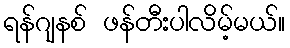
ရန်ဂျနစ် ဖန်တီးပါလိမ့်မယ်။